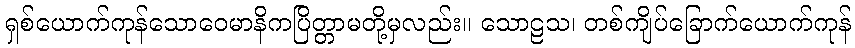
ရှစ်ယောက်ကုန်သောဝေမာနိကပြိတ္တာမတို့မှလည်း။ သောဠသ၊ တစ်ကျိပ်ခြောက်ယောက်ကုန်